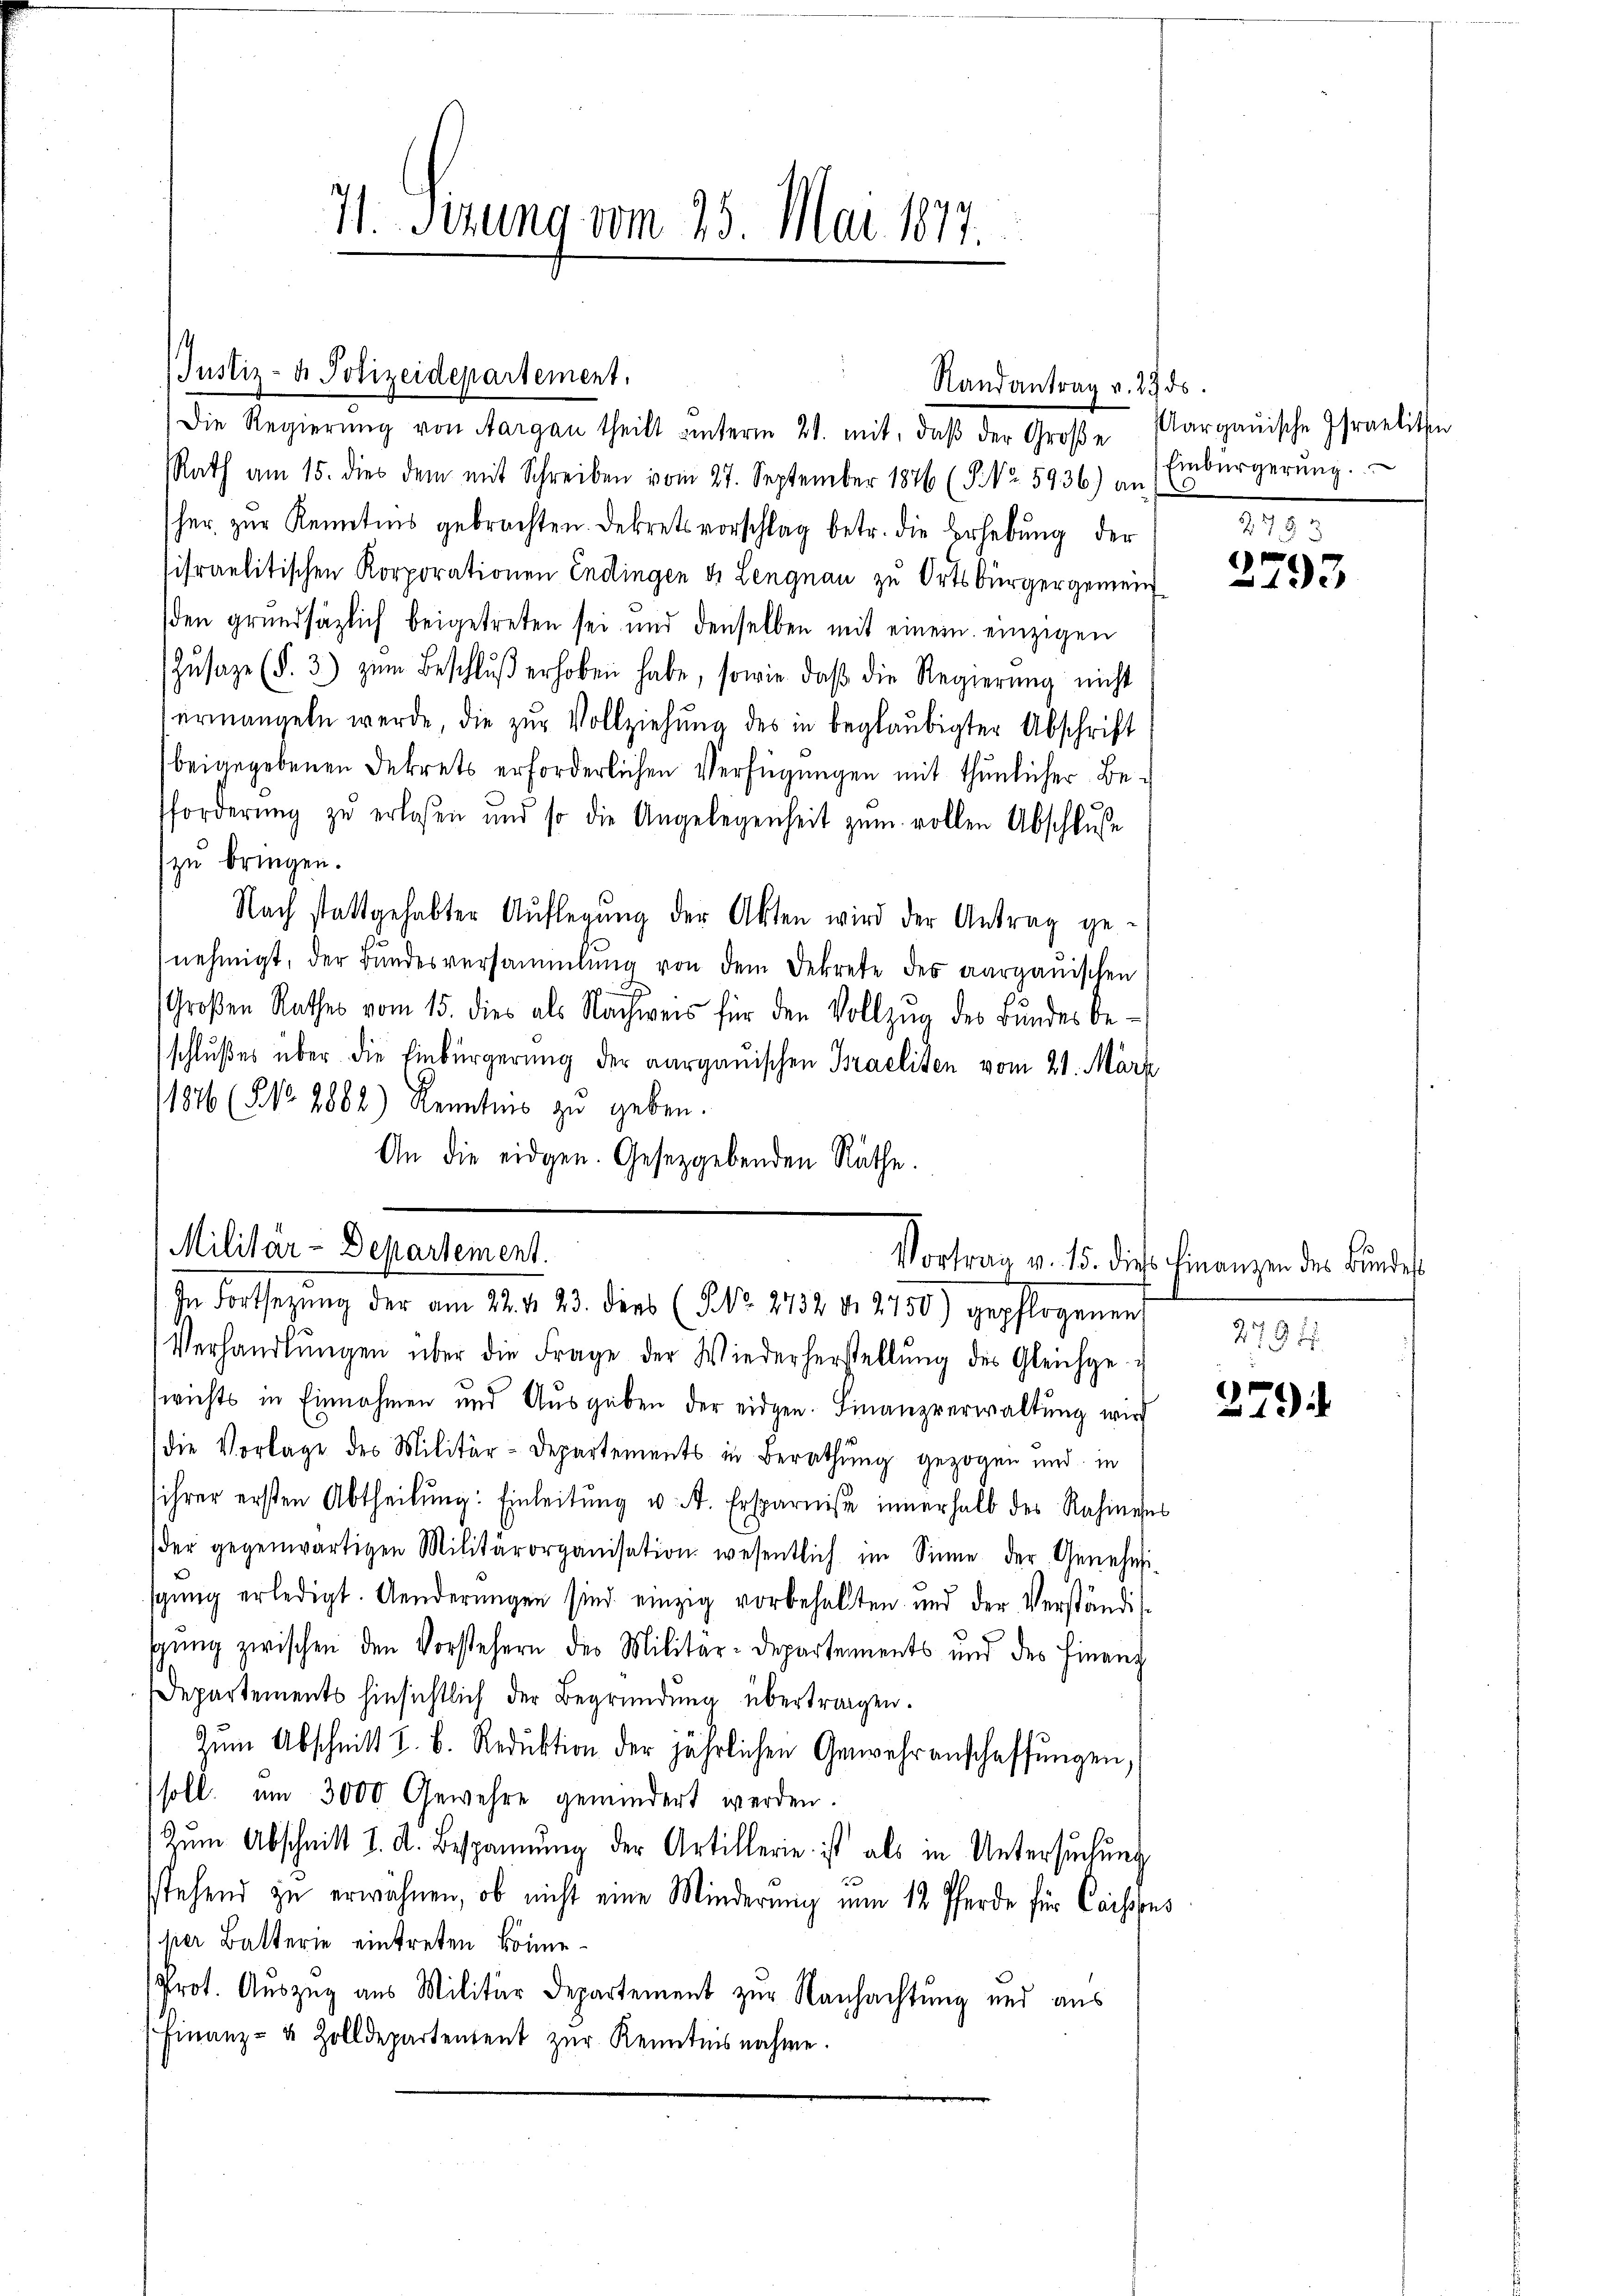
71. Serung vom 25. Mai 1817.

Rath am 15. dies dem mit Schreiben vom 27. September 1846 (§. Nr. 5936) an Einbürgerŭng.
sher zur Kenntnis gebrachten. Dekrets vorschlag betr. die Erhebung der
sifraelitischen Korporationen Endingen d. Lengnau zu Ortsbürgergemein
den grundsätzlich beigetreten sei und denselben mit einem einzigen
Zŭsaze (§. 3) zŭm Beschlŭβ erhoben habe, sowie daβ die Regierung nicht
ermangeln werde, die zŭr Vollziehung des in beglaubigter Abschrift
beigegebenen Dekrets erforderlichen Verfügungen mit thunlicher Befforderŭng zŭ erlassen und so die Angelegenheit zŭm vollen Abschluße
zu bringen.
Nach stattgehabter Auflegŭng der Akten wird der Antrag ge-
nehmigt, der Bundesversammlung von dem Dekrete des aargauischen
Großen Rathes vom 15. dies als Nachweis für den Vollzŭg des Bŭndes be-
schlußes über die Einbürgerung der aargauischen Braeliten vom 21. März
1876 (NNo. 2882) Kenntnis zu geben.
An die eidgen. Gesetzgebenden Räthe.

Justiz- & Polizeidepartement.
Randantrag v. 23 ds.
Die Regierŭng von Aargau theilt ŭnterm 21. mit, daβ der Groβe Aargauische Israelithin

Militär-Departement.
In Fortsetzŭng der am 22. d. 23. dies (NNo. 2732 d. 2750) gepflogenen

Verhandlŭngen über die Frage der Wiederherstellŭng des Gleichge-
wichts in Einnahmen und Ausgaben der eidgen. Finanzverwaltung wird
die Vorlage des Militär-Departements in Berathŭng gezogen und in
sihrer ersten Abtheilŭng: Einleitŭng u. A. Ersparniße innerhalb des Rahnens
der gegenwärtigen Militärorganisation wesentlich im Sinne der Genehmi-
sgŭng erledigt. Aenderŭngen sind einzig vorbehalten und der Verständis-
sŭng zwischen den Vorstehern der Militar-Departements und des Finanz
Departements hinsichtlich der Begründung übertragen.
Zŭm Abschnitt I. b. Reduktion der jährlichen Gewehranschaffŭngen,
soll um 3000 Gewehre gemindert werden.
Zŭm Abschnitt d. d. Bespannung der Artillerie ist als in Untersŭchŭng
sstehend zu erwähnen, ob nicht eine Minderung um 12 Pferde für Caisses
her Batterie eintreten könne.
Prot. Auszug aus Militär Departement zur Nachachtung und aus
Finanz- & Zolldepartentent zŭr Kenntnisnahme.

2783
x
193

Vortrag v. 15. dies Finanzen des Bundes
279

e
1